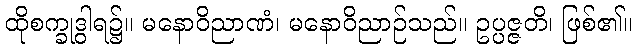
ထိုစက္ခုဒွါရ၌။ မနောဝိညာဏံ၊ မနောဝိညာဉ်သည်။ ဥပ္ပဇ္ဇတိ၊ ဖြစ်၏။